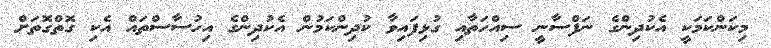
މިކަންކަމަކީ އެކުދިންގެ ނަފްސާނީ ސިއްހަތާއި ގުޅިފައިވާ ކުދިންކަމުން އެކުދިންގެ އިހުސާސްތައް އެކި ގޮތްގޮތަށް